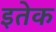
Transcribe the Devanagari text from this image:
इतेक